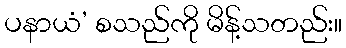
ပနာယံ’ စသည်ကို မိန့်သတည်း။